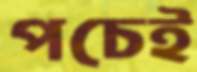
পচেই